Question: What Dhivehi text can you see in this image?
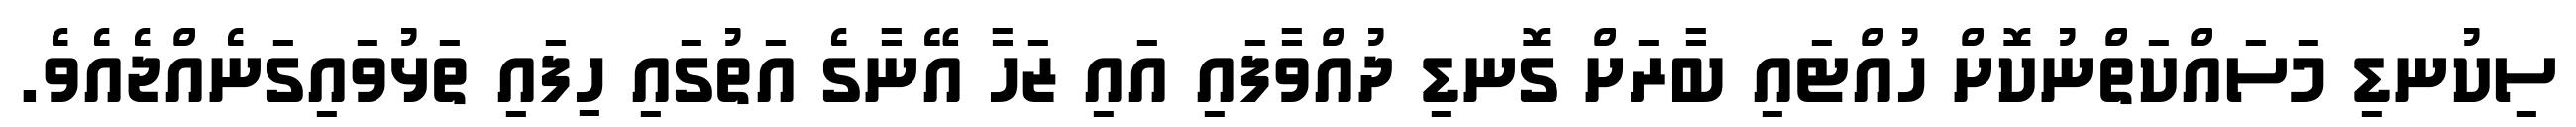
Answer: ސިކުނޑި މަސައްކަތްނުކޮށް ހުއްޓައި ބާރަށް ގޮނޑި ދުއްވާފައި އައި ޒަހާ އޭނާގެ އަތުގައި ހިފައި ތަޅުވައިގަނެއްޖެއެވެ.